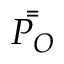
\bar { \bar { P _ { O } } }